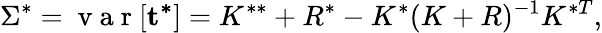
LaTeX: \Sigma^{*}=\mathrm{~v~a~r~}[\mathbf{t^{*}}]=K^{**}+R^{*}-K^{*}(K+R)^{-1}K^{*T},